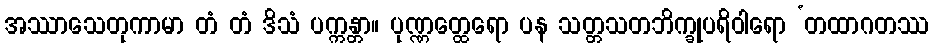
အဿာသေတုကာမာ တံ တံ ဒိသံ ပက္ကန္တာ။ ပုဏ္ဏတ္ထေရော ပန သတ္တသတဘိက္ခုပရိဝါရော ‘တထာဂတဿ